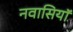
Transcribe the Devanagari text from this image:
नवासियाॅ